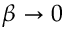
\beta \rightarrow 0